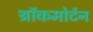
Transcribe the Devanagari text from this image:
थ्रॉकमोर्टन